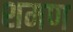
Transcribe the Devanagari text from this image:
शमण